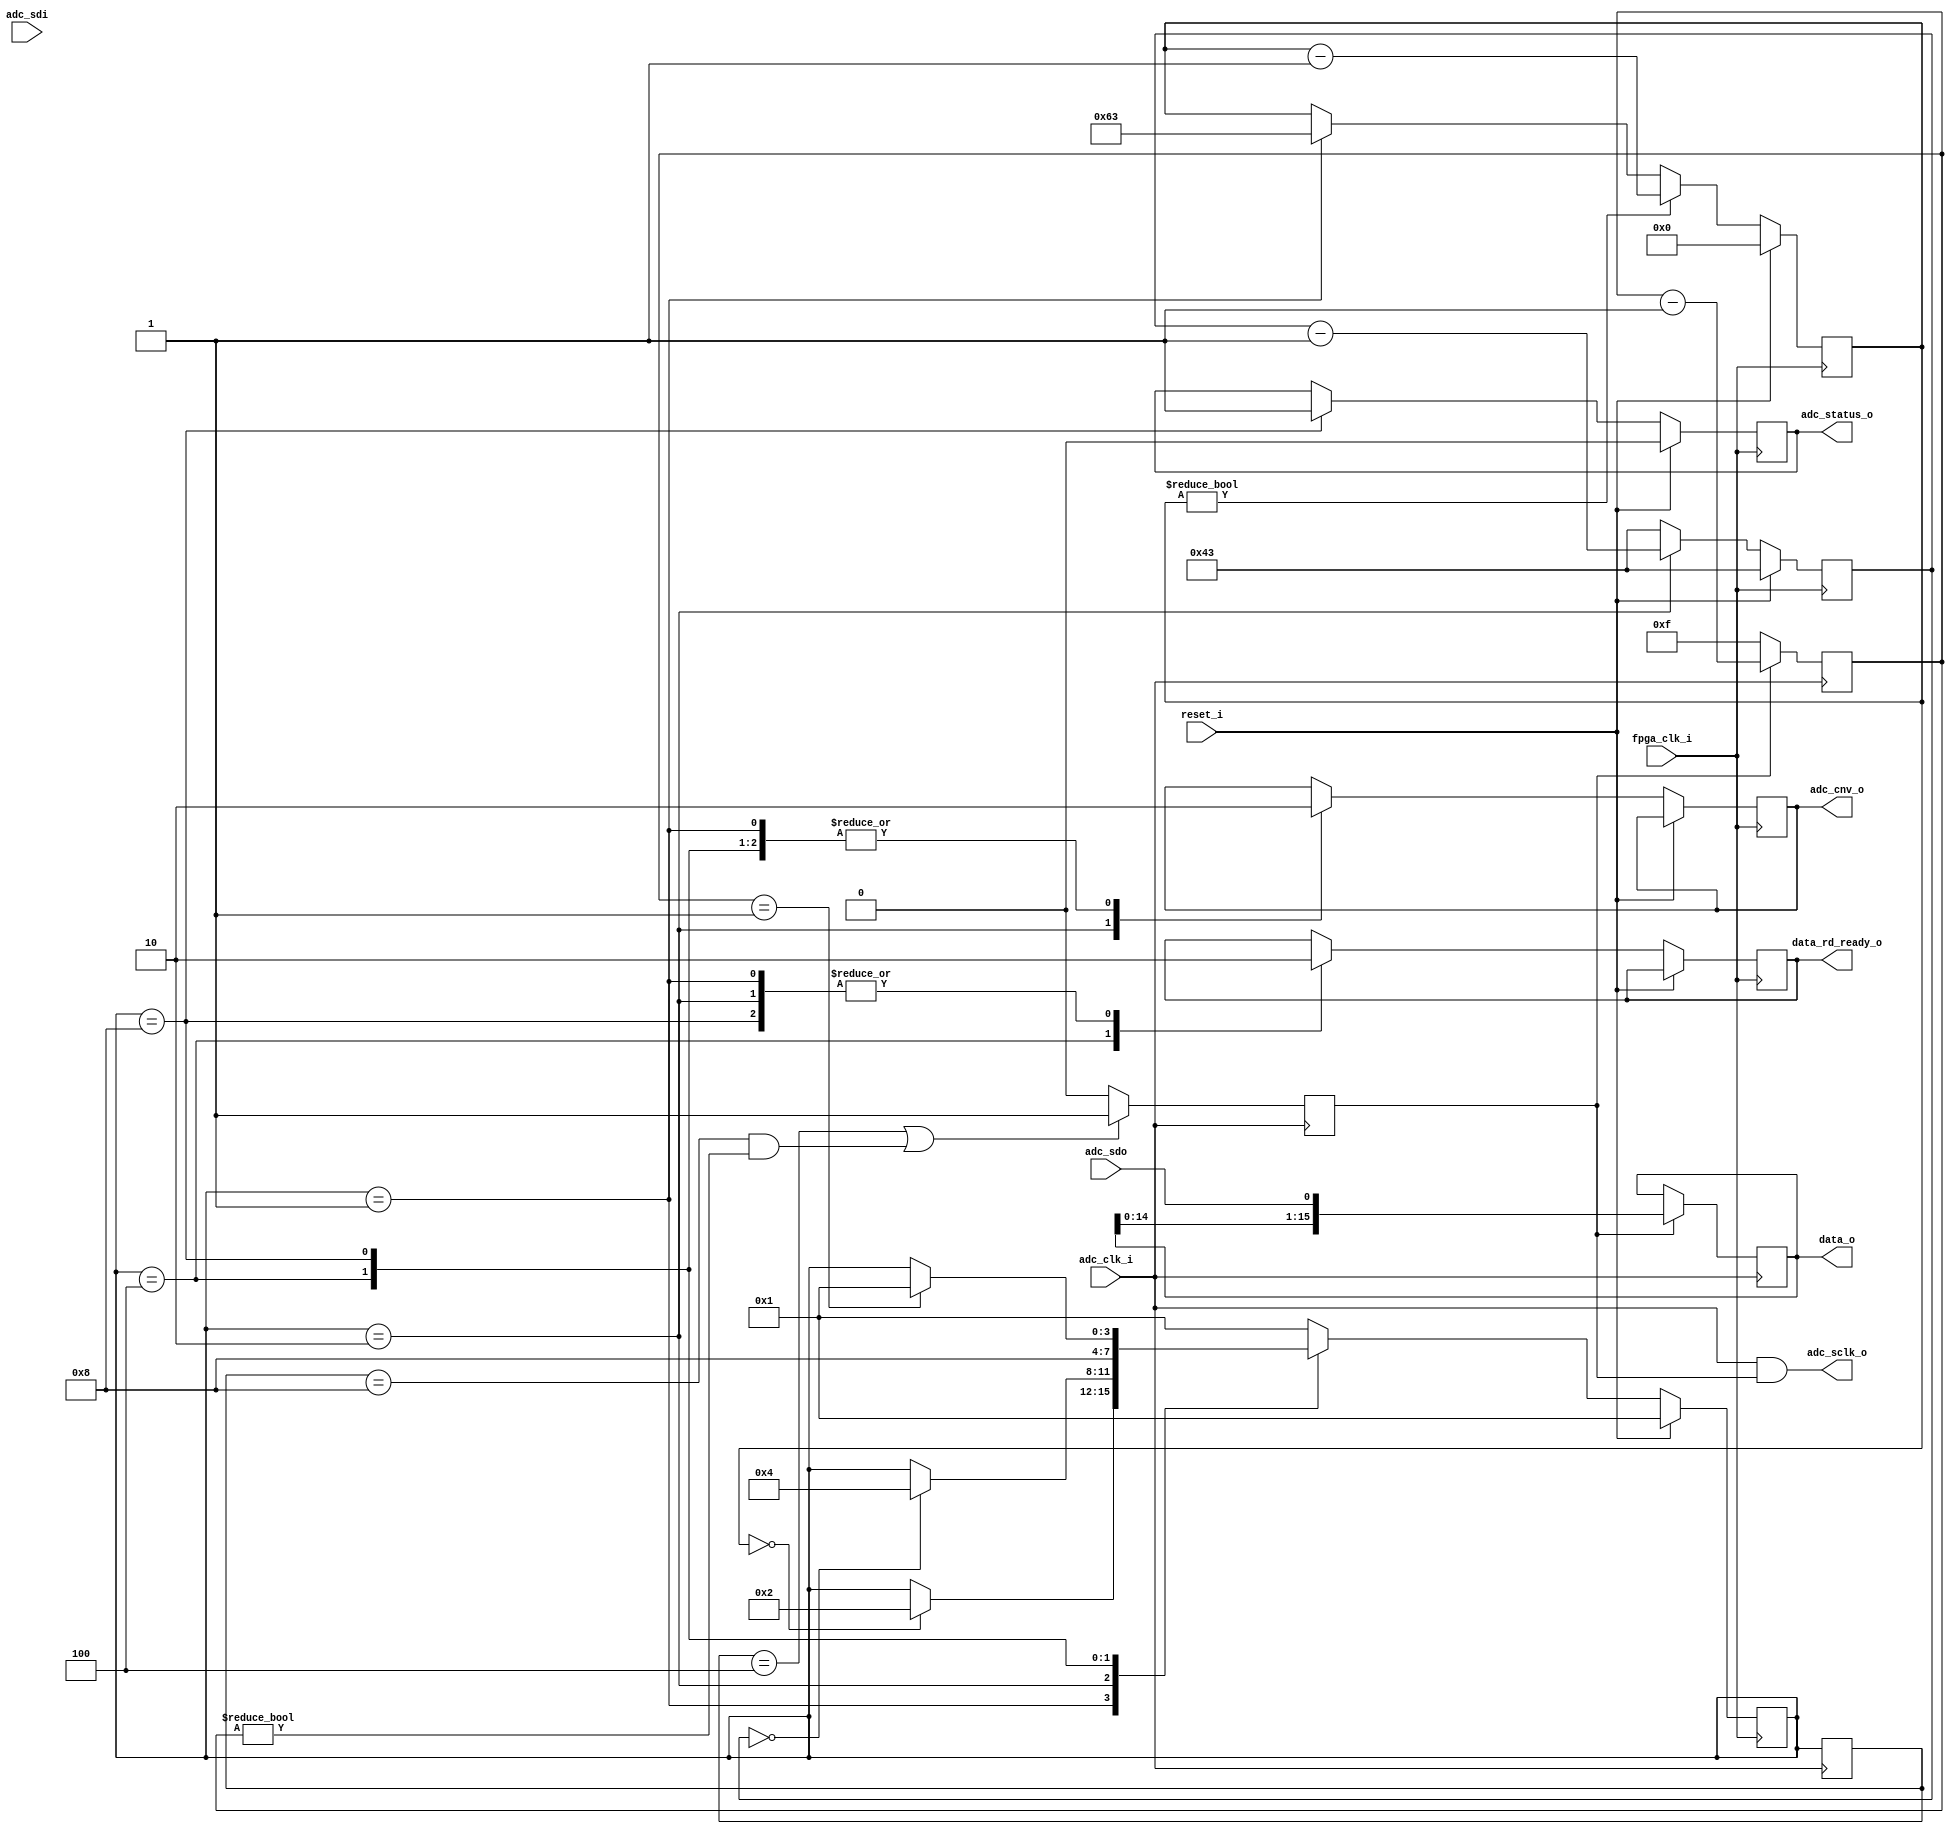
module axi_ad7980_dev_if
(
    input               fpga_clk_i,      
    input               adc_clk_i,       
    input               reset_i,       
    output     [15:0]   data_o,          
    output reg          data_rd_ready_o, 
    output reg          adc_status_o,
    input               adc_sdo,        
    input               adc_sdi,        
    output              adc_sclk_o,     
    output              adc_cnv_o       
);
reg [ 3:0]  adc_state;      
reg [ 3:0]  adc_next_state; 
reg [ 3:0]  adc_state_m1;   
reg [ 6:0]  adc_tcycle_cnt; 
reg [ 6:0]  adc_tcnv_cnt;   
reg [ 4:0]  sclk_clk_cnt;   
reg         adc_clk_en;     
reg         adc_cnv_s;      
reg [15:0]  adc_data_s;     
wire        adc_sclk_s;     
parameter ADC_IDLE_STATE            = 4'b0001;
parameter ADC_START_CNV_STATE       = 4'b0010;
parameter ADC_END_CNV_STATE         = 4'b0100;
parameter ADC_READ_CNV_RESULT       = 4'b1000;
parameter real FPGA_CLOCK_FREQ  = 100000000;    
parameter real ADC_CYCLE_TIME   = 0.000001000;  
parameter real ADC_CONV_TIME    = 0.000000670;  
parameter [6:0] ADC_CYCLE_CNT   = FPGA_CLOCK_FREQ * ADC_CYCLE_TIME - 1;
parameter [6:0] ADC_CNV_CNT     = FPGA_CLOCK_FREQ * ADC_CONV_TIME;
parameter ADC_SCLK_PERIODS  = 5'd15; 
assign adc_cnv_o      = adc_cnv_s;
assign adc_sclk_s     = adc_clk_i & adc_clk_en;
assign adc_sclk_o     = adc_sclk_s;
assign data_o         = adc_data_s;
always @(posedge fpga_clk_i)
begin
    if(reset_i == 1'b1)
    begin
        adc_tcycle_cnt  <= 0;
        adc_tcnv_cnt    <= ADC_CNV_CNT;
    end
    else
    begin
        if(adc_tcycle_cnt != 0)
        begin
            adc_tcycle_cnt <= adc_tcycle_cnt - 1;
        end
        else if(adc_state == ADC_IDLE_STATE)
        begin
            adc_tcycle_cnt <= ADC_CYCLE_CNT;
        end
        if(adc_state == ADC_START_CNV_STATE)
        begin
            adc_tcnv_cnt <= adc_tcnv_cnt - 1;
        end
        else
        begin
           adc_tcnv_cnt <= ADC_CNV_CNT;
        end
    end
end
always @(negedge adc_clk_i)
begin
    if(adc_clk_en == 1'b1)
    begin
        adc_data_s   <= {adc_data_s[14:0], adc_sdo};
        sclk_clk_cnt <= sclk_clk_cnt - 1;
    end
    else
    begin
        sclk_clk_cnt <= ADC_SCLK_PERIODS;
    end
end
always @(negedge adc_clk_i)
begin
    adc_state_m1 <= adc_state;
    adc_clk_en   <= ((adc_state_m1 == ADC_END_CNV_STATE) || (adc_state_m1 == ADC_READ_CNV_RESULT) && (sclk_clk_cnt != 0)) ? 1'b1 : 1'b0;
end
always @(posedge fpga_clk_i)
begin
    if(reset_i == 1'b1)
    begin
        adc_state <= ADC_IDLE_STATE;
        adc_status_o <= 1'b0;
    end
    else
    begin
        adc_state <= adc_next_state;
        case (adc_state)
            ADC_IDLE_STATE:
            begin
                adc_cnv_s       <= 1'b0;
                data_rd_ready_o <= 1'b0;
            end
            ADC_START_CNV_STATE:
            begin
                adc_cnv_s       <= 1'b1;
                data_rd_ready_o <= 1'b0;
            end
            ADC_END_CNV_STATE:
            begin
                adc_cnv_s       <= 1'b0;
                data_rd_ready_o <= 1'b1;
            end
                ADC_READ_CNV_RESULT:
            begin
                adc_cnv_s       <= 1'b0;
                data_rd_ready_o <= 1'b0;
                adc_status_o    <= 1'b1;
            end
        endcase
    end
end
always @(adc_state, adc_tcycle_cnt, adc_tcnv_cnt, sclk_clk_cnt)
begin
    adc_next_state <= adc_state;
    case (adc_state)
        ADC_IDLE_STATE:
        begin
            if(adc_tcycle_cnt == 0)
                begin
                    adc_next_state <= ADC_START_CNV_STATE;
                end
        end
        ADC_START_CNV_STATE:
        begin
            if(adc_tcnv_cnt == 0)
            begin
                adc_next_state <= ADC_END_CNV_STATE;
            end
        end
        ADC_END_CNV_STATE:
        begin
            adc_next_state <= ADC_READ_CNV_RESULT;
        end
        ADC_READ_CNV_RESULT:
        begin
            if(sclk_clk_cnt == 1)
            begin
                adc_next_state <= ADC_IDLE_STATE;
            end
        end
        default:
        begin
            adc_next_state <= ADC_IDLE_STATE;
        end
    endcase
end
endmodule